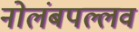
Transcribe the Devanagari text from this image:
नोलंबपल्लव